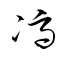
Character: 馮